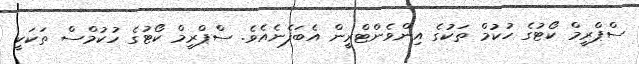
ސްޕްރީމް ކޯޓުގެ ހުކުމް ތަކުގެ އިންވެންޓްރީން އެބަފެނެއެވެ. ސްޕްރީމް ކޯޓުގެ ހުކުމްސް ތަކަކީ